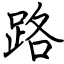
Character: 路